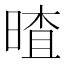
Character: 𣉎